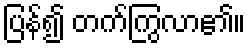
ပြန်၍ တက်ကြွလာ၏။